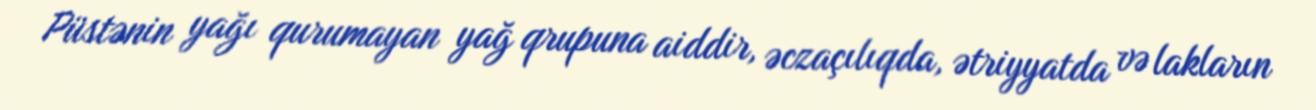
Püstənin yağı qurumayan yağ qrupuna aiddir, əczaçılıqda, ətriyyatda və lakların